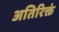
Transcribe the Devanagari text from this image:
अतिरिक्तं